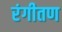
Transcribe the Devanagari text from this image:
रंगीतण